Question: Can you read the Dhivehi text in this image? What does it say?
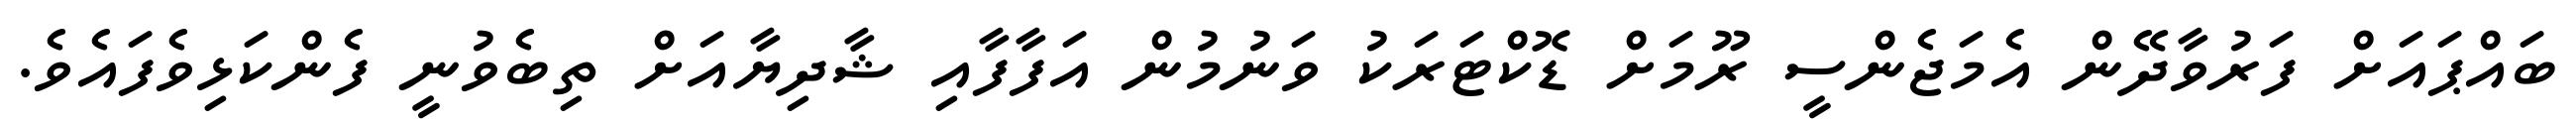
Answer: ބައްޕައަށް ފަރުވާދޭން އެމަޖެންސީ ރޫމަށް ޑޮކްޓަރަކު ވަނުމުން އަފާފާއި ޝާދިޔާއަށް ތިބެވުނީ ފެންކަޅިވެފައެވެ.